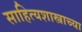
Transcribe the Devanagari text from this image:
साहित्यशास्त्राच्या